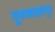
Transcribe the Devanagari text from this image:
नूरुलदहरपुर